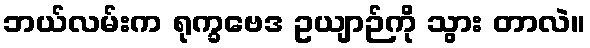
ဘယ်လမ်းက ရုက္ခဗေဒ ဥယျာဉ်ကို သွား တာလဲ။